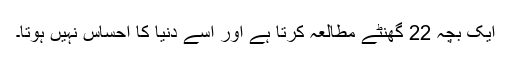
ایک بچہ 22 گھنٹے مطالعہ کرتا ہے اور اسے دنیا کا احساس نہیں ہوتا۔